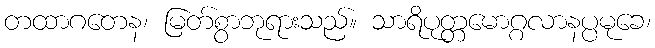
တထာဂတေန၊ မြတ်စွာဘုရားသည်။ သာရိပုတ္တမောဂ္ဂလာနပ္ပမုခေ၊